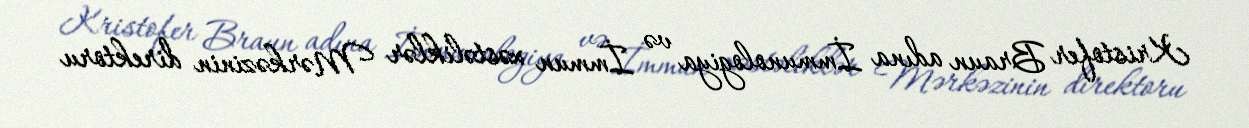
Kristofer Braun adına İmmunologiya və İmmun xəstəliklər Mərkəzinin direktoru